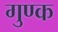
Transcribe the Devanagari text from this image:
गुण्क